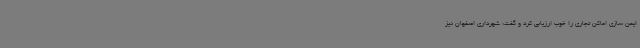
ایمن سازی اماکن تجاری را خوب ارزیابی کرد و گفت: شهرداری اصفهان نیز